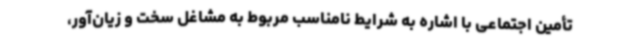
تأمین اجتماعی با اشاره به شرایط نامناسب مربوط به مشاغل سخت و زیان‌آور،